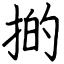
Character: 𢯊